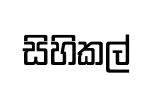
සිහිකල්